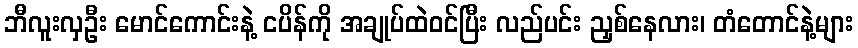
ဘီလူးလှဦး မောင်ကောင်းနဲ့ ငပိန်ကို အချုပ်ထဲဝင်ပြီး လည်ပင်း ညှစ်နေလား၊ တံတောင်နဲ့များ